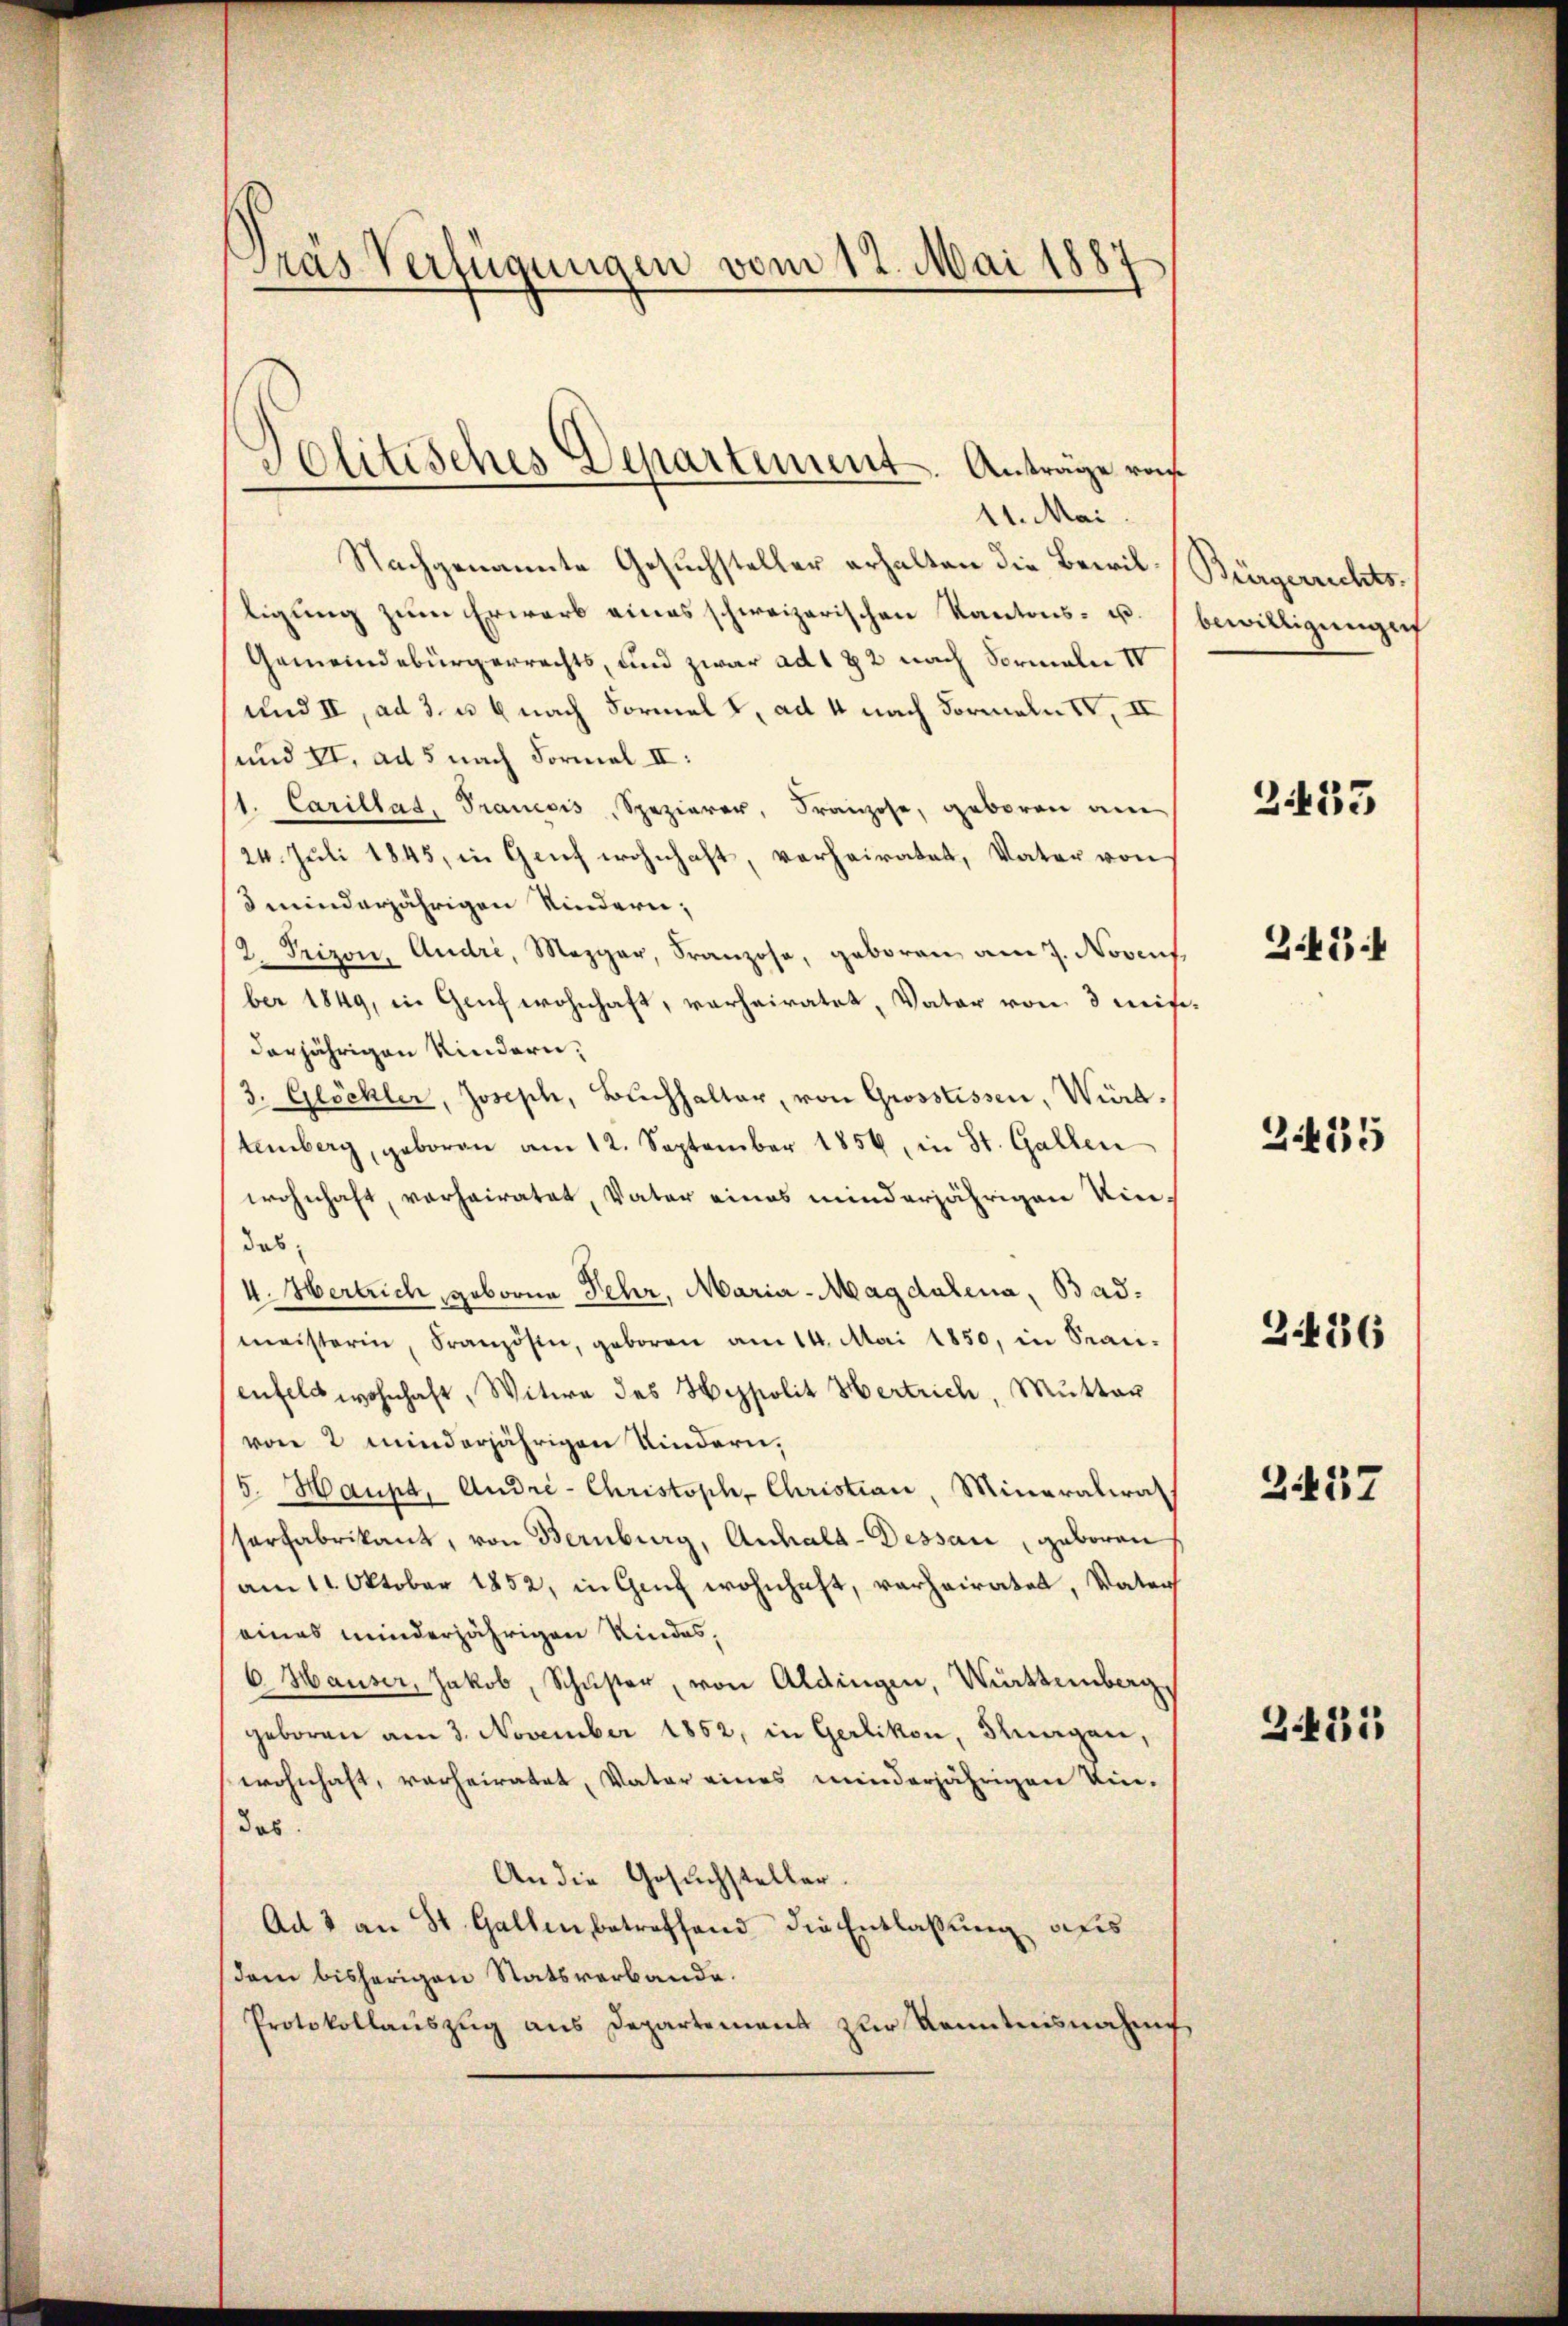
Pras Verfügungen vom 12. Mai 1887

Solitisches Departement. Anträge von
11. Mai.

Nachgenannte Gesuchsteller erhalten die Bewilligung zum Erwarb eines schweizerischen Kantons- u.
Gemeindebürgerrechts, und zwar ad 172 nach Formeln IV
und II, ad 3. u. 6 nach Formel , ad 4 nach Formeln IV, II
und II, ad 5 nach Formal II:
1. Carillad, Francois, Spezierer, Franzose, geboren am
24. Juli 1845, in Genf wohnhaft, verheiratet, Vater von
minderjährigen Kindern;
2. Prizon, Andri, Mezger, Franzose, geboren am 7. Novent
ber 1849, in Genf wohnhaft, verheiratet, Vater von 3 mit
derjährigen Kindern,
3. Glöckler, Joseph, Buchhalter, von Grosstissen, Würt.
tenberg, geboren am 12. September 1856, in St. Gallen
wohnhaft, verheiratet, Vater eines minderjährigen Kindas
4. Hertrich, geborne Fehr, Maria-Magdalena, Badmeisterin, Französin, geboren am 14. Mai 1850, in Stanenfeld wohnhaft, Witwe des Hyspolit Hertrich, Mutter
von 2 minderjährigen Kindern,
5. Haupt, Andre- Christoph Christian, Mineralias
serfabrikant, von Bernburg, Anhalt-Dessau geboren
am 11. Oktober 1852, in Genf wohnhaft, verheiratet, Vater
eines minderjährigen Kindes,
6. Hauser, Jakob, Schŭster, von Aldingen, Württemberg,
geboren am 3. November 1852, in Gerlikon, Stungen,
wohnhaft, verheiratet, Vater eines minderjährigen Vice-
das.
An die Gesuchsteller.
Ad 1 an St. Gallen, betreffend die Entlassung aus
dem bisherigen Statsverbande.
Protokollauszug aus Departement zur Kenntnisnahme

Bürgerrichts-
bewilligungef
2433

e

G.434

24435

2.436

2437

2.431